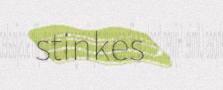
stinkes